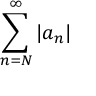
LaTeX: \sum _ { n = N } ^ { \infty } | a _ { n } |